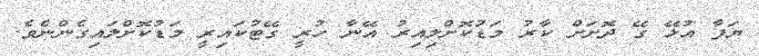
ޔަފާ އުޅޭ ގޭ ދޮށަށް ކާރު މަޑުކޮށްލިއިރު އޭނާ ހުރީ ގޭޓުކައިރީ މަޑުކޮށްލައިގެންނެވެ.